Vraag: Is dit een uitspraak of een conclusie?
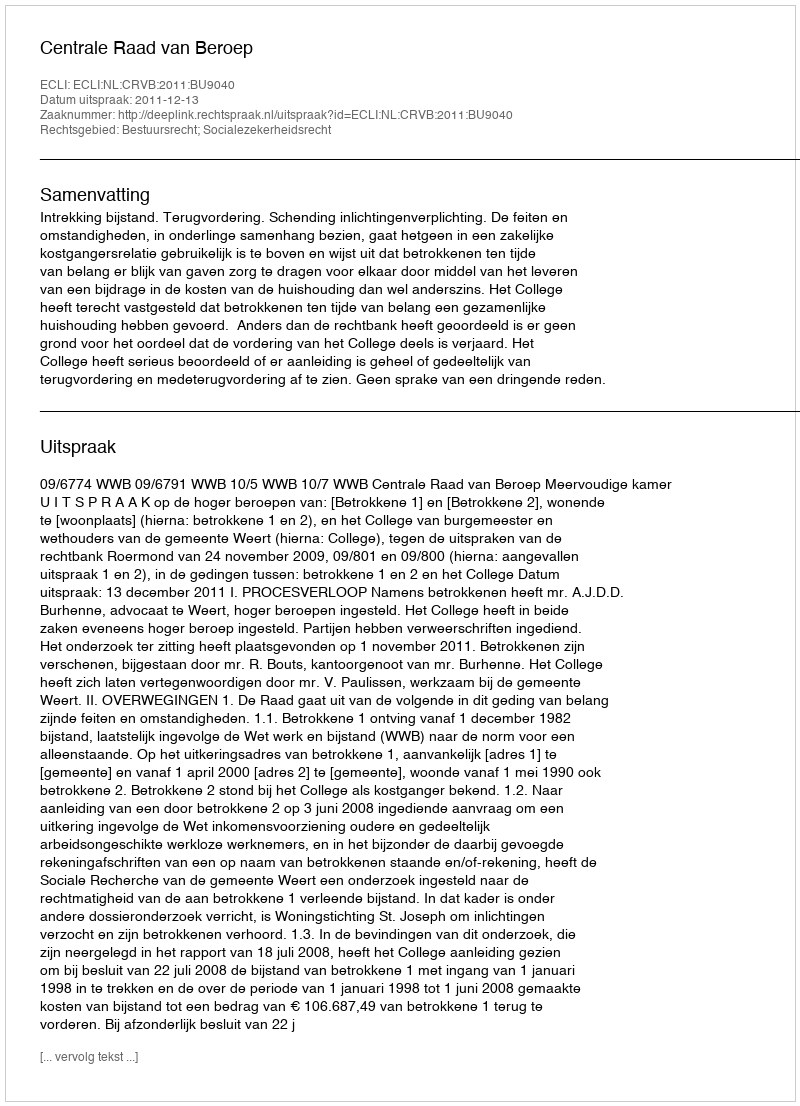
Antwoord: Uitspraak